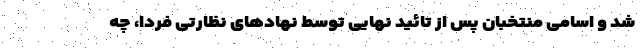
شد و اسامی منتخبان پس از تائید نهایی توسط نهادهای نظارتی فردا، چه